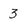
Character: 3